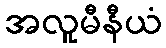
အလူမီနီယံ